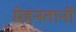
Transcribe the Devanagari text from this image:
मेहनतानों